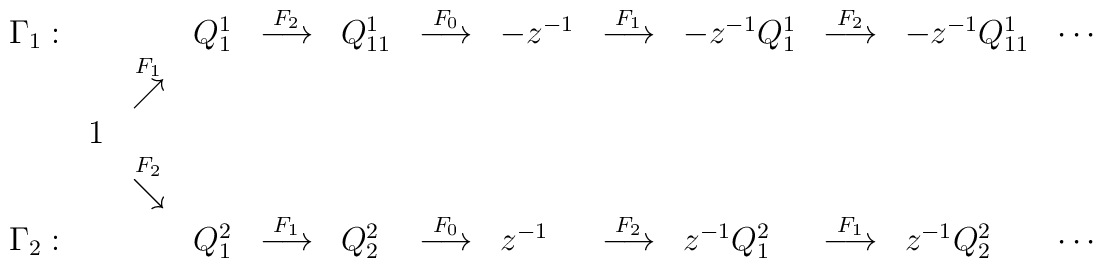
\begin{array}{lllllllllllll}\Gamma_{1}: & & &Q_{1}^{1}& \stackrel{F_{2}}{\longrightarrow}&Q_{1 1}^{1}&            \stackrel{F_{0}}{\longrightarrow} &-z^{-1}&\stackrel{F_{1}}{\longrightarrow}&               -z^{-1}Q_{1}^{1}&\stackrel{F_{2}}{\longrightarrow}&-z^{-1}Q_{11}^{1}&\cdots \\            & &\stackrel{F_{1}}{\nearrow}& & & & & & & & & &\\            &1&                          & & & & & & & & & &\\            & &\stackrel{F_{2}}{\searrow}& & & & & & & & & &\\\Gamma_{2}: & & &Q_{1}^{2}&\stackrel{F_{1}}{\longrightarrow}&Q_{2}^{2}&\stackrel{F_{0}}{\longrightarrow}            & z^{-1}&\stackrel{F_{2}}{\longrightarrow}&z^{-1}Q_{1}^{2}&             \stackrel{F_{1}}{\longrightarrow}&z^{-1}Q_{2}^{2}&\cdots \\\end{array}